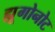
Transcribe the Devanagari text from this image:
ह्यूगोनोट